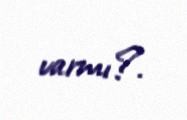
varmı?.